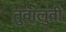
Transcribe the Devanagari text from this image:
तुवालुवी